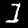
Digit: 1